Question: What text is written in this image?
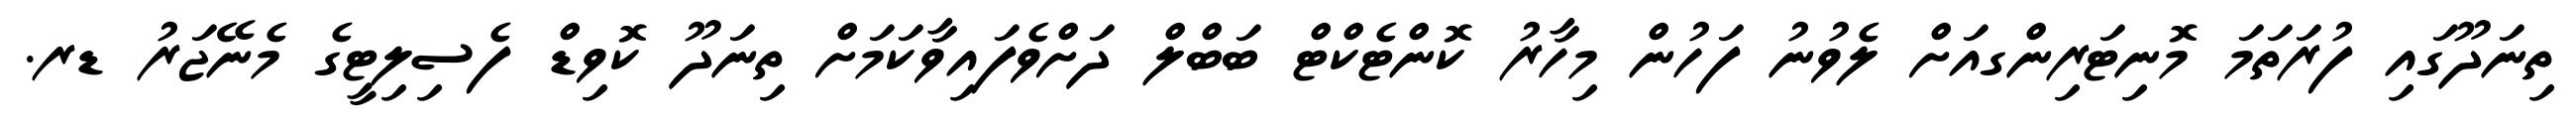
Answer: ތިނަދޫގައި ފުރަތަމަ މޮނިޓަރިންގއަށް ލެވުނު ފަހުން މިހާރު ކޮންޓެކްޓް ބަބްލް ދަށްވެފައިވާކަމަށް ތިނަދޫ ކޮވިޑް ފެސިލިޓީގެ މެނޭޖަރު ޑރ.